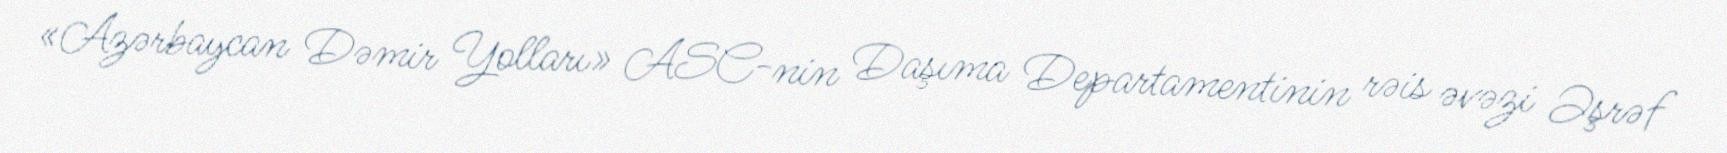
«Azərbaycan Dəmir Yolları» ASC-nin Daşıma Departamentinin rəis əvəzi Əşrəf